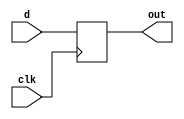
`timescale 1ns / 1ps
//////////////////////////////////////////////////////////////////////////////////

// ID          : N180116
//Branch       : ECE
//Project Name : RTL design using Verilog
//Design  Name : SERIAL IN SERIAL OUT[SISO] SHIFT REGISTER
//Module  Name : DFF
//RGUKT NUZVID 
//////////////////////////////////////////////////////////////////////////////////


module DFF(d,clk,out);
input clk,d;
output reg out=0;
always@(posedge clk) begin
    out<=d;
end
endmodule